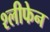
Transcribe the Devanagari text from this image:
श्लीफेन